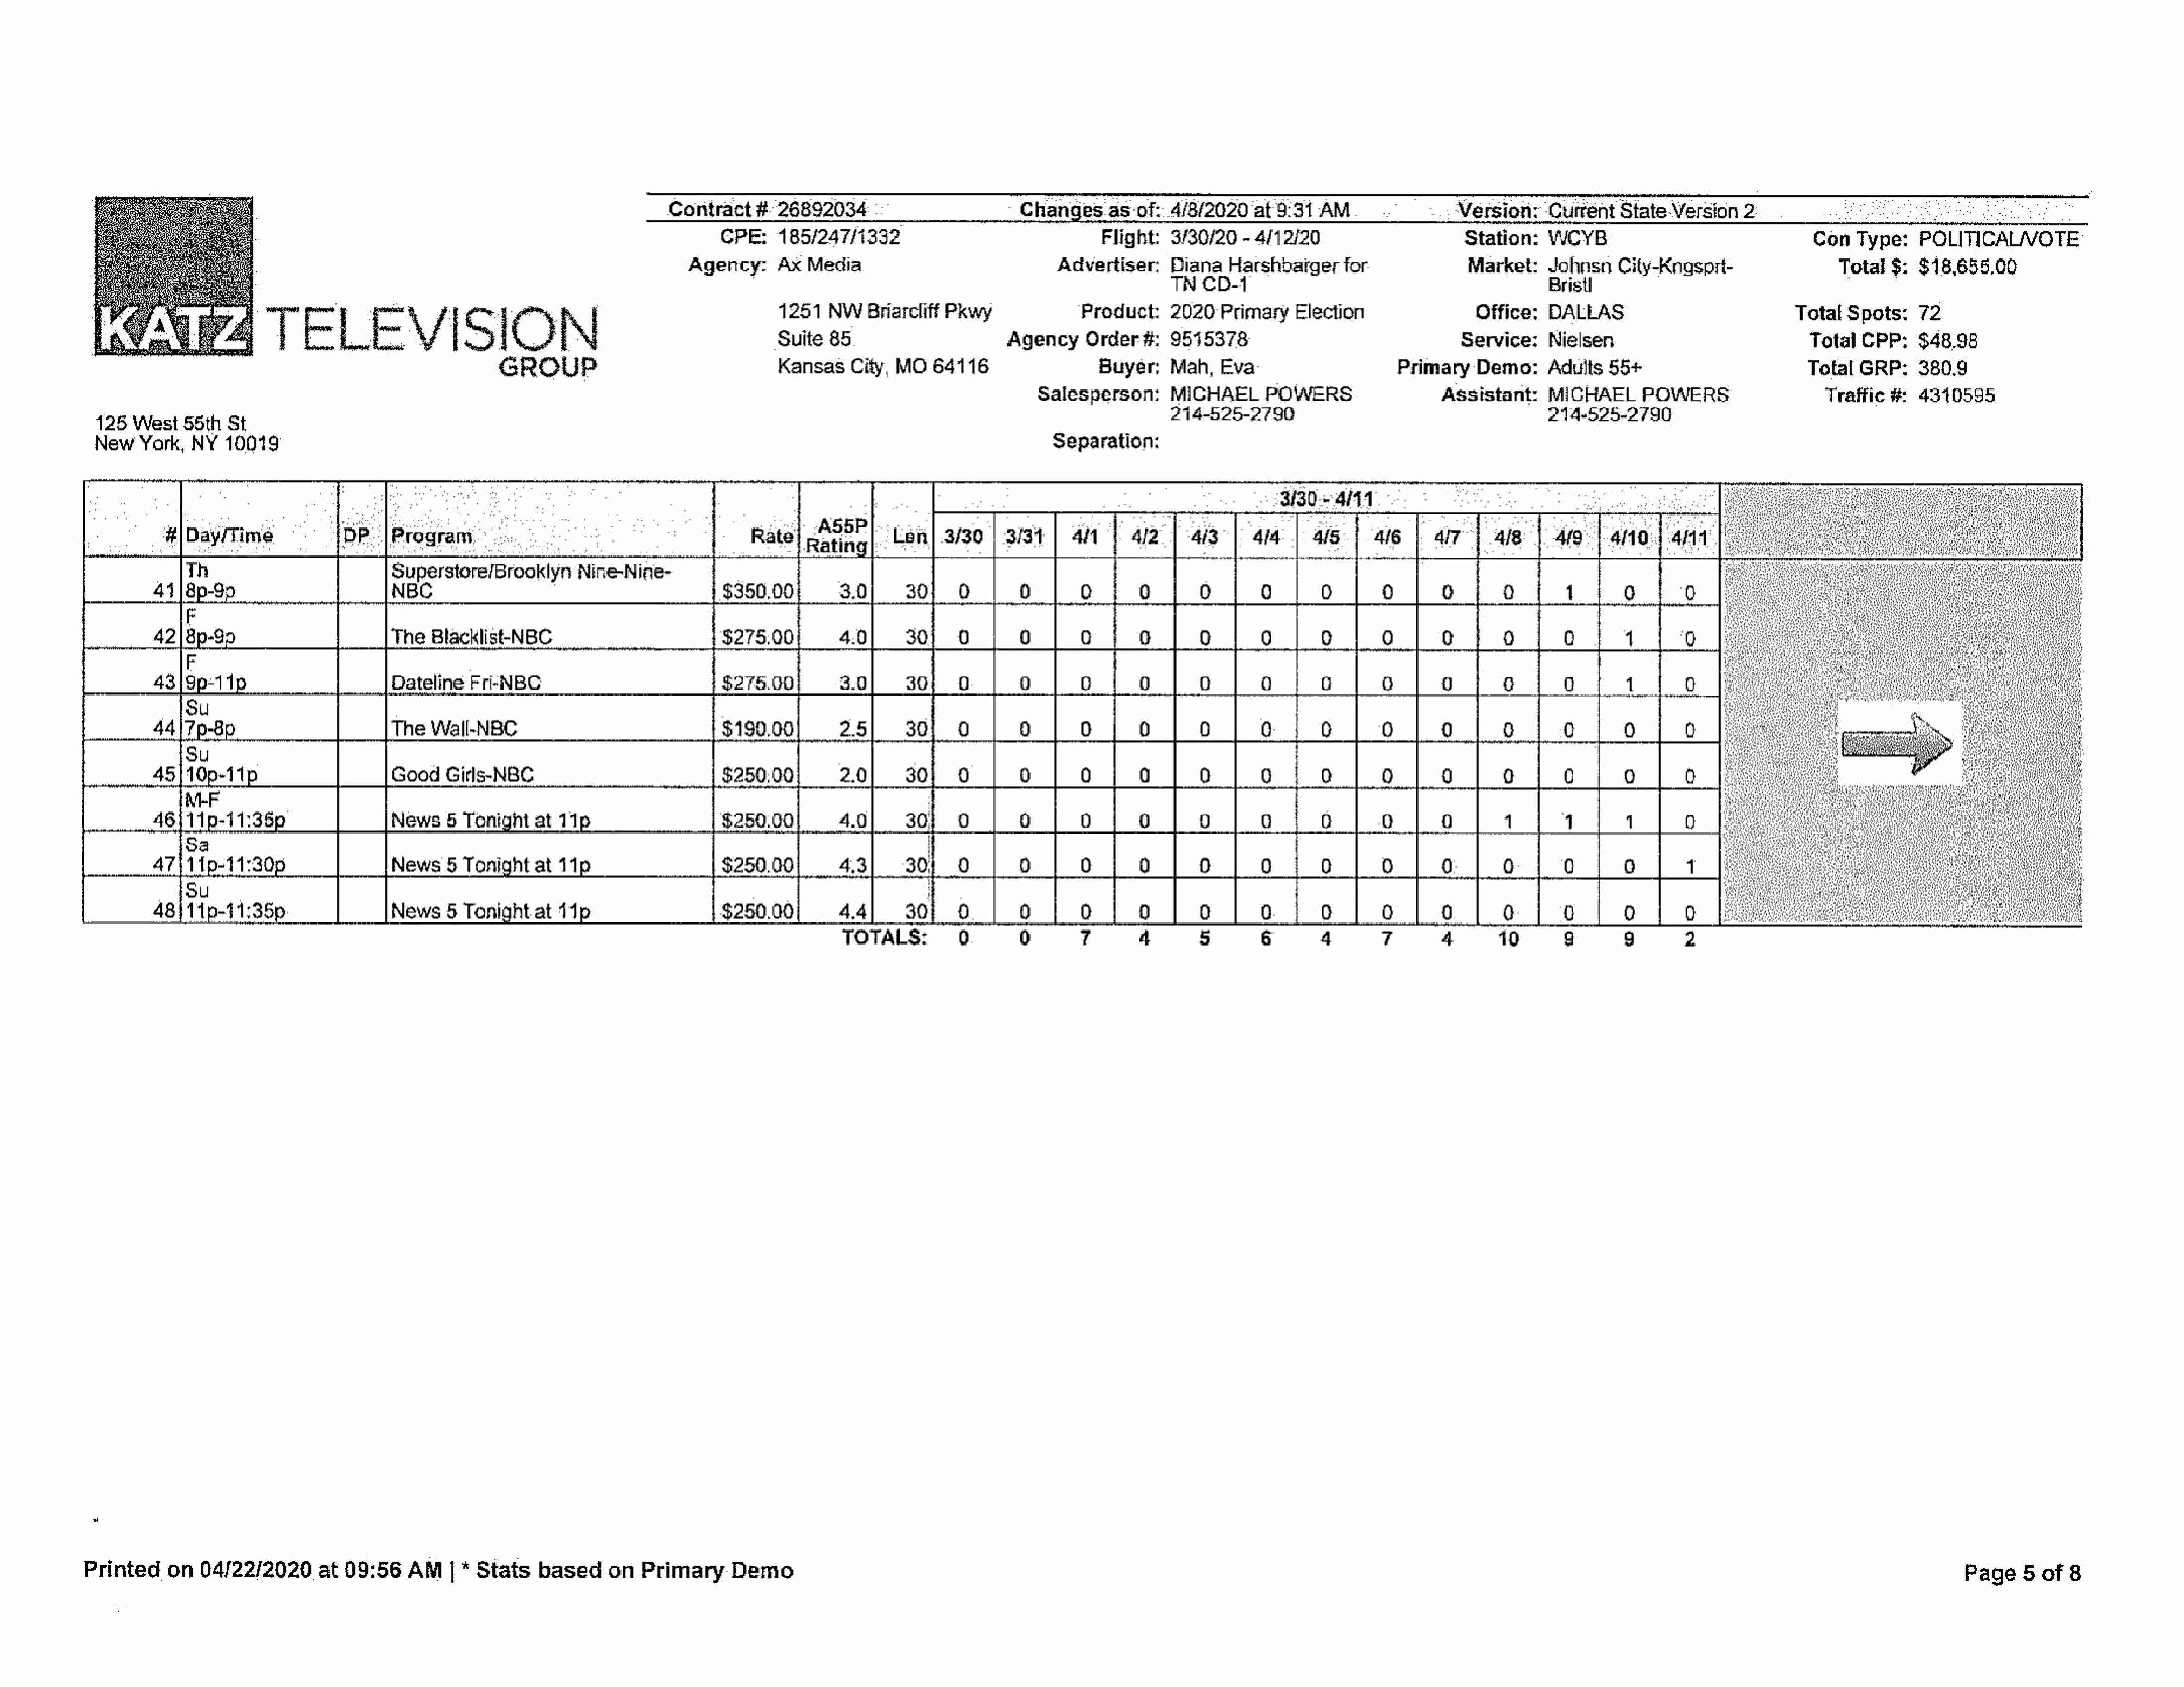
Contract    #°26892034                            Changes     as-of:_  4/8/2  020  at'9:31   AM.                Version:     Currént    StateVersion     2:
 CPE:    185/247/1332                                  Flight:   3/30/20   - 4/12/20                       Station:    WCYB                                  Con   Type:    POLITICALIVVOTE
 Agency:      Ax  Media                               Advertiser:     Diana    Harshbargerfor                    Market:    Johnsn    City-Kngsprt-                   Total  $:  $18,655.00
 TN   CD-1                                             Bristl
 1251   NW    Briarcliff Pkwy               Product:     2020   Primary    Election                  Office:   DALLAS                              Total  Spots:    72
 T    E     LEV             | S    IO      N                              Suite  85.                       Agency     Order#:     9545378                                   Service:    Nielsen                               Total  CPP:    $48.98
 GROUP                                   KansasCity,      MO   64116                   Buyer:    Mah,   Eva                       Primary    Demo:     Adults   55+                         Total   GRP:    380.9
 Salesperson:       MICHAEL       POWERS                   Assistant:     MICHAEL       POWERS                    Traffic  #   4310595
 125  West   58th   St                                                                                                                              -     214-525-2790                                          214-525-2790
 New   York,  NY   10019                                                                                                                  Separation:
 :                                                                                                                             3/30.-4/11
 Day/Time              DP.    Program.                                           Rate}                                                                                                              419     }-4110:4 4/14)
 |      | SeeesetesetiyT            Nine-Nine-
 NBC.                                           $350.00.
 The   Blacklist-NBC
 |_|     Dateline   Fri-NBC
 The   Wall-NBC
 Good    Girls-NBC
 Printed     on   04/22/2020       at 09:56    AM    | * Stats    based     on   Primary      Demo                                                                                                                                                                            Page    5  of  8